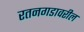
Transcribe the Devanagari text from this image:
रतनगडावरील